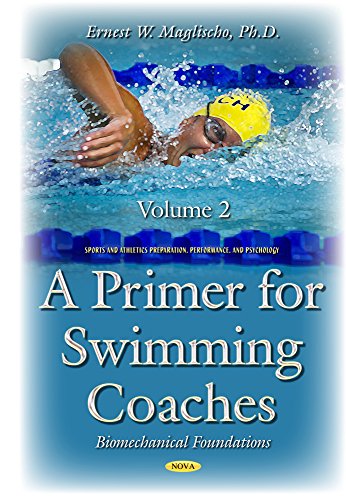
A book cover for A Primer for Swimming Coaches: Biomechanical Foundations; Health, Fitness & Dieting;